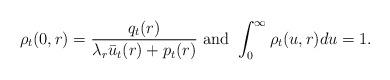
LaTeX: \begin{align*}\rho_t(0,r) = \frac{ q_t(r)}{ \lambda_r\bar u_t(r)+p_t(r) } \ \mbox{and} \ \int_{0}^{\infty}\rho_t(u,r)du=1.\end{align*}